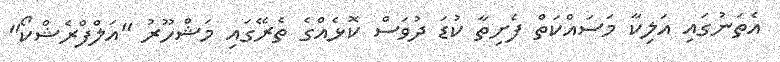
އެތަނުގައި އަލިކާ މަސައްކަތް ފެށިތާ ކުޑަ ދުވަސް ކޮޅެއްގެ ތެރޭގައި މަޝްހޫރު "އަލްފްރެޝްކޯ"